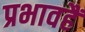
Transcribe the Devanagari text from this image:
प्रभावहैं